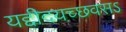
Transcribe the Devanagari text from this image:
यद्दीदयच्छवसऽ